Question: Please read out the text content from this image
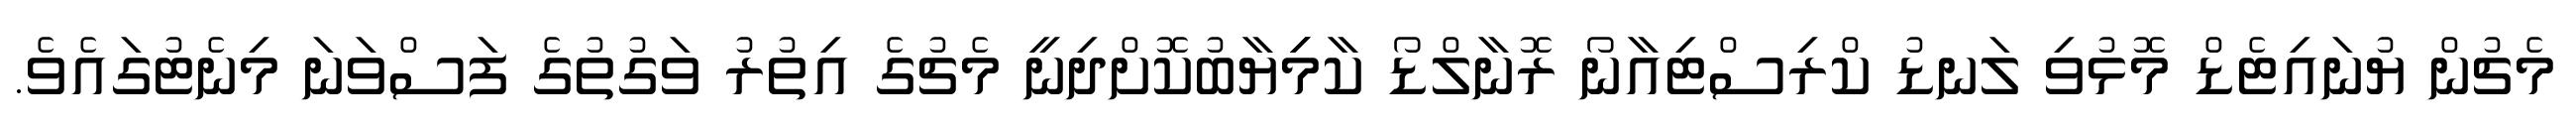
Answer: މެޗުން ޔުނައިޓެޑް މޮޅުވި ލަނޑު ކްރިސްޓިއާނޯ ރޮނާލްޑޯ ކާމިިޔާބުކޮށްދިނީ މެޗުގެ އިތުރު ވަގުތުގެ ފަސްވަނަ މިނެޓުގައެވެ.